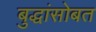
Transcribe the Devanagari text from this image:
बुद्धांसोबत